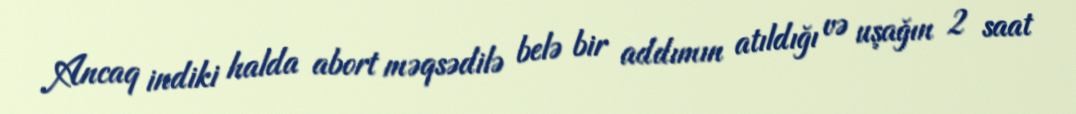
Ancaq indiki halda abort məqsədilə belə bir addımın atıldığı və uşağın 2 saat